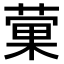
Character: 𫉂